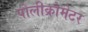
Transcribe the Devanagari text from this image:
पोलीक्रोमेटर